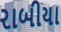
રાબીયા